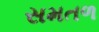
સમતળ